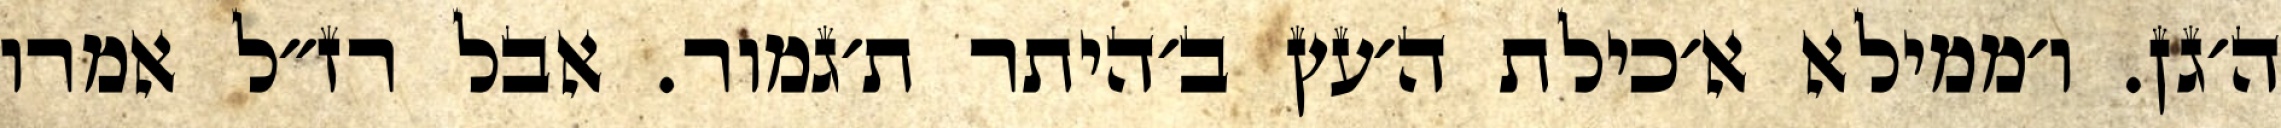
ה׳גן. ו׳ממילא א׳כילת ה׳עץ ב׳היתר ת׳גמור. אבל רז״ל אמרו